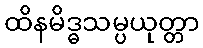
ထိနမိဒ္ဓသမ္ပယုတ္တာ